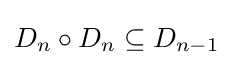
D_{n}\circ D_{n}\subseteq D_{n-1}